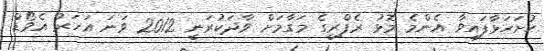
ހުށަހަޅާފައިވާ އެންމެ މޮޅު ރެފްރީގެ މަގާމަށް ވާދަކުރަނީ 2012 ވަނަ އަހަރު އެވޯޑް